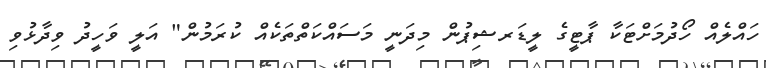
ހައްލެއް ހޯދުމަށްޓަކާ ޕާޓީގެ ލީޑަރޝިޕުން މިދަނީ މަސައްކަތްތަކެއް ކުރަމުން" އަލީ ވަހީދު ވިދާޅުވި